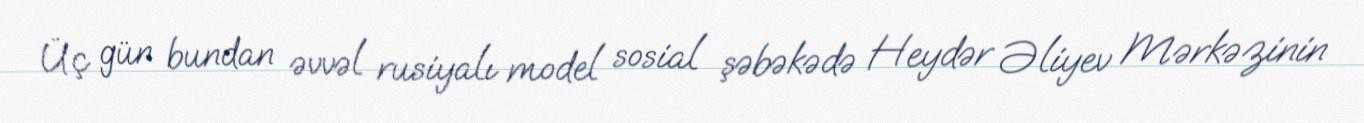
Üç gün bundan əvvəl rusiyalı model sosial şəbəkədə Heydər Əliyev Mərkəzinin